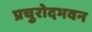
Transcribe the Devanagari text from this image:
प्रचुरोदभवन